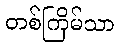
တစ်ကြိမ်သာ